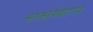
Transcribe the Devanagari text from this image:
सहकार्यवाहपद